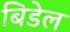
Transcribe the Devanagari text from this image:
बिडेल